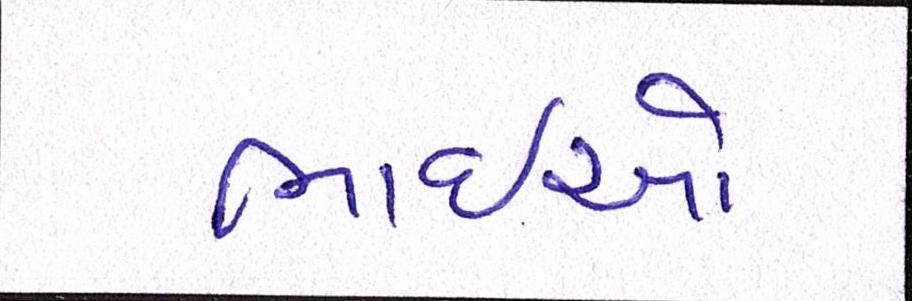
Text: ભાઈઓ